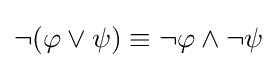
\neg (\varphi \vee \psi )\equiv \neg \varphi \land \neg \psi